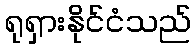
ရုရှားနိုင်ငံသည်